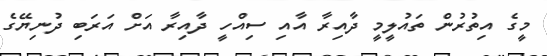
މީގެ އިތުރުން ތައުލީމީ ދާއިރާ އާއި ސިއްހީ ދާއިރާ އަށް އަރަބި ދުނިޔޭގެ